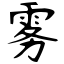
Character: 雾